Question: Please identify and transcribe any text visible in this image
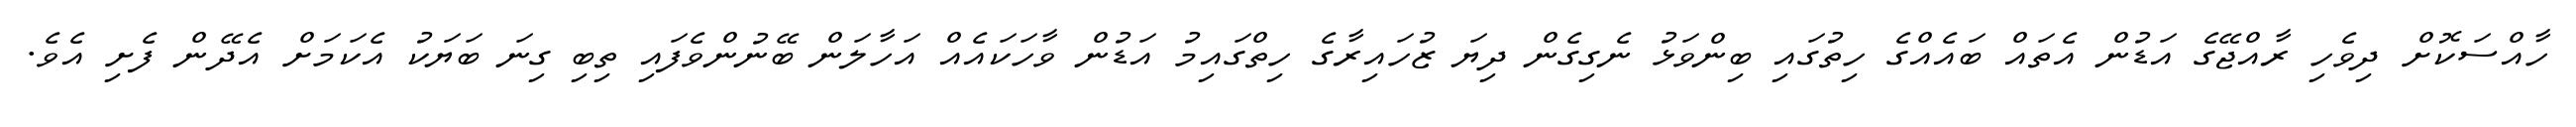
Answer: ހާއްސަކޮށް ދިވެހި ރާއްޖޭގެ އަޑުން އެތައް ބައެއްގެ ހިތުގައި ބިންވަޅު ނެގިގެން ދިޔަ ޒުހައިރާގެ ހިތްގައިމު އަޑުން ވާހަކައެއް އަހާލަން ބޭނުންވެފައި ތިބި ގިނަ ބަޔަކު އެކަމަށް އެދޭން ފެށި އެވެ.